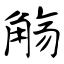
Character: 觞